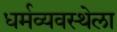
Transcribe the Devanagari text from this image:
धर्मव्यवस्थेला